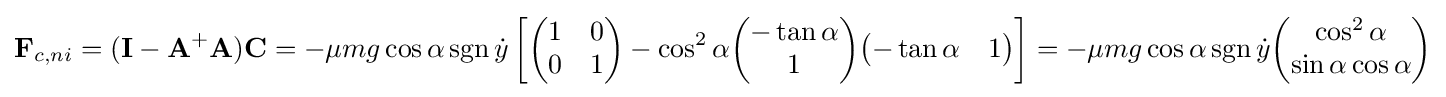
\mathbf {F} _{c,ni}=(\mathbf {I} -\mathbf {A} ^{+}\mathbf {A} )\mathbf {C} =-\mu mg\cos \alpha \operatorname {sgn} {\dot {y}}\left[{\begin{pmatrix}1&0\\0&1\end{pmatrix}}-\cos ^{2}\alpha {\begin{pmatrix}-\tan \alpha \\1\end{pmatrix}}{\begin{pmatrix}-\tan \alpha &1\end{pmatrix}}\right]=-\mu mg\cos \alpha \operatorname {sgn} {\dot {y}}{\begin{pmatrix}\cos ^{2}\alpha \\\sin \alpha \cos \alpha \end{pmatrix}}